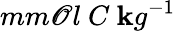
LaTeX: mm\mathscr{O}l\nobreakspace{}C\nobreakspace{}\mathbf{k}g^{-1}